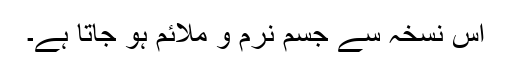
اس نسخہ سے جسم نرم و ملائم ہو جاتا ہے۔